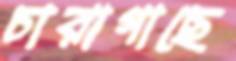
চারাগাছে